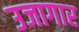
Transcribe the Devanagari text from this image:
उजागार